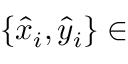
\{ \hat { x } _ { i } , \hat { y } _ { i } \} \in